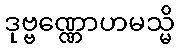
ဒုဗ္ဗဏ္ဏောဟမသ္မိ